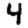
Digit: 4